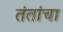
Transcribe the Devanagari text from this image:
तंतांचा